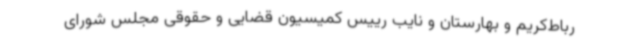
رباط‌کریم و بهارستان و نایب رییس کمیسیون قضایی و حقوقی مجلس شورای